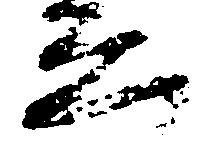
ゑ